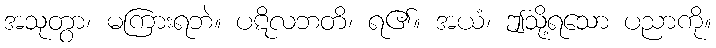
အသုတွာ၊ မကြားရဘဲ။ ပဋိလဘတိ၊ ရ၏။ အယံ၊ ဤသို့ရသော ပညာကို။